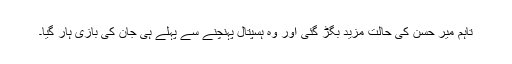
تاہم میر حسن کی حالت مزید بگڑ گئی اور وہ ہسپتال پہنچنے سے پہلے ہی جان کی بازی ہار گیا۔